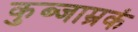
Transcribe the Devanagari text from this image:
कुब्जाम्रकं